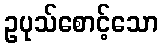
ဥပုသ်စောင့်သော